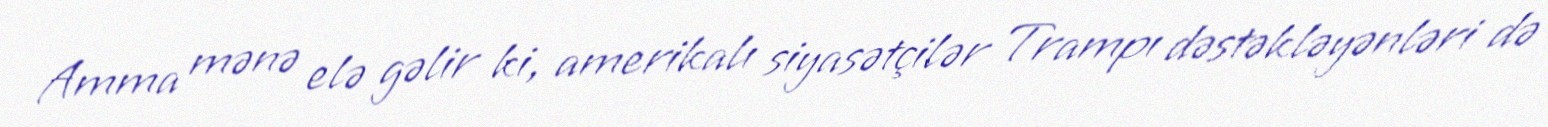
Amma mənə elə gəlir ki, amerikalı siyasətçilər Trampı dəstəkləyənləri də